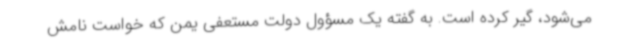
می‌شود، گیر کرده است. به گفته یک مسؤول دولت مستعفی یمن که خواست نامش